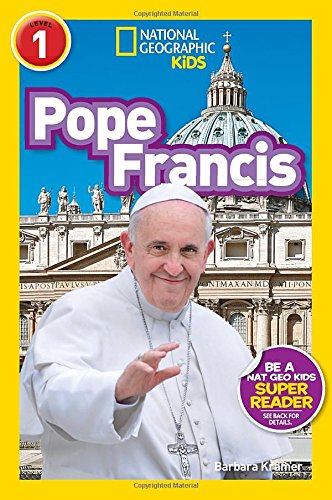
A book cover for National Geographic Readers: Pope Francis (Readers Bios); Barbara Kramer; Children's Books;